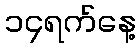
၁၄ရက်နေ့